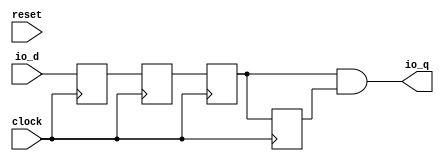
// This program was cloned from: https://github.com/huangxc6/Software_Hardware_Co-Design_24Spring
// License: MIT License

 /*                                                                      
 Copyright 2018-2020 Nuclei System Technology, Inc.                
                                                                         
 Licensed under the Apache License, Version 2.0 (the "License");         
 you may not use this file except in compliance with the License.        
 You may obtain a copy of the License at                                 
                                                                         
     http://www.apache.org/licenses/LICENSE-2.0                          
                                                                         
  Unless required by applicable law or agreed to in writing, software    
 distributed under the License is distributed on an "AS IS" BASIS,       
 WITHOUT WARRANTIES OR CONDITIONS OF ANY KIND, either express or implied.
 See the License for the specific language governing permissions and     
 limitations under the License.                                          
 */                                                                      
                                                                         
                                                                         
                                                                         
module sirv_DeglitchShiftRegister(
  input   clock,
  input   reset,
  input   io_d,
  output  io_q
);
  reg  T_8;
  reg [31:0] GEN_0;
  reg  T_9;
  reg [31:0] GEN_1;
  reg  sync;
  reg [31:0] GEN_2;
  reg  last;
  reg [31:0] GEN_3;
  wire  T_12;
  assign io_q = T_12;
  assign T_12 = sync & last;
  always @(posedge clock) begin// sync reg do not need reset, and the external reset is tied to 1, do not use it
    T_8 <= io_d;
    T_9 <= T_8;
    sync <= T_9;
    last <= sync;
  end
endmodule